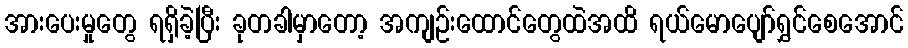
အားပေးမှုတွေ ရရှိခဲ့ပြီး ခုတခါမှာတော့ အကျဉ်းထောင်တွေထဲအထိ ရယ်မောပျော်ရွှင်စေအောင်